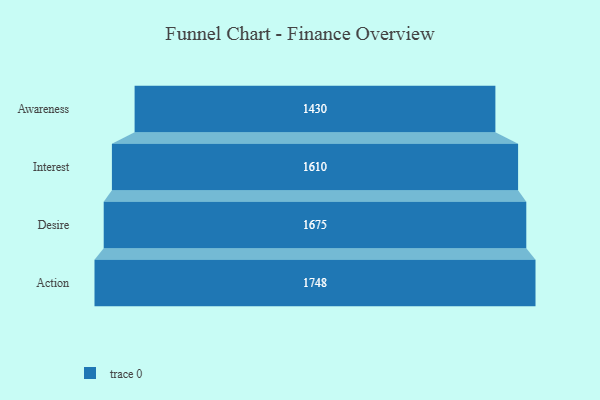
{"axis": {"x": "Stage", "y": "Value"}, "legend": [""], "data": [{"x": "Awareness", "y": 1430.0, "type": ""}, {"x": "Interest", "y": 1610.0, "type": ""}, {"x": "Desire", "y": 1675.0, "type": ""}, {"x": "Action", "y": 1748.0, "type": ""}]}